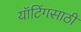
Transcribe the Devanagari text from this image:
यॉटिंगसाठी